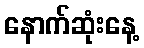
နောက်ဆုံးနေ့